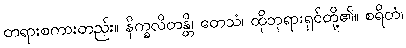
တရားစကားတည်း။ နိက္ခလိတန္တိ၊ တေသံ၊ ထိုဘုရားရှင်တို့၏။ စရိတံ၊